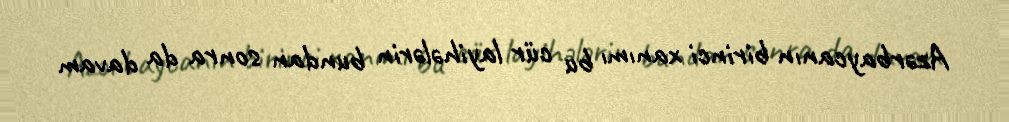
Azərbaycanın birinci xanımı bu cür layihələrin bundan sonra da davam